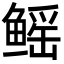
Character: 鳐